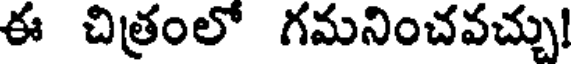
ఈ చిత్రంలో గమనించవచ్చు!